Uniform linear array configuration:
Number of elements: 16
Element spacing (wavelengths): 0.75
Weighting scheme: binomial
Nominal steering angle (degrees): -15
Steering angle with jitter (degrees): -13.39
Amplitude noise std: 0.05
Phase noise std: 0.05

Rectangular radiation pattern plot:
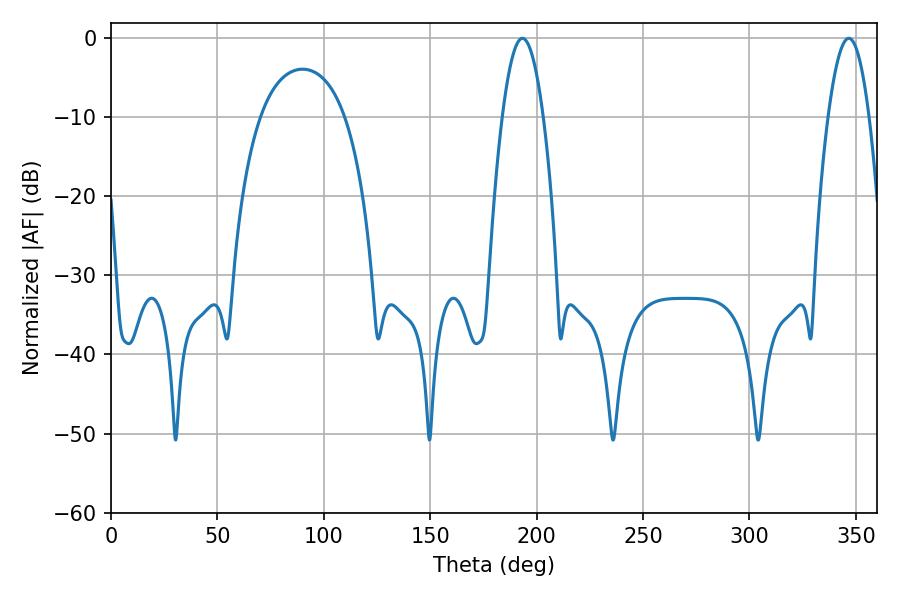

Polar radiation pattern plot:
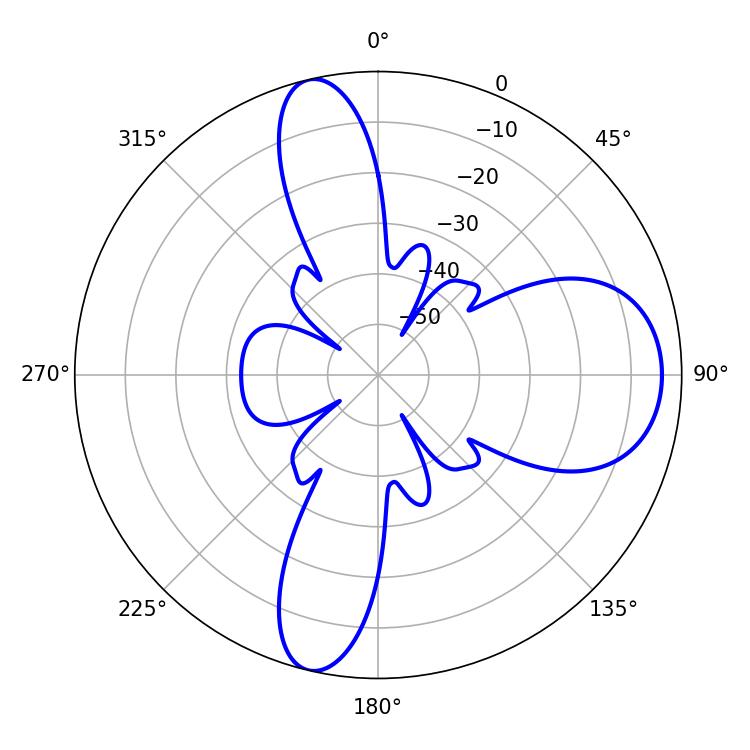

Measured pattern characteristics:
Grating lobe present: TRUE
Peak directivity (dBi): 12.337
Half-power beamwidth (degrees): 10.62
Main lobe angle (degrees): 193.32